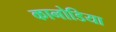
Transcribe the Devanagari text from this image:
कानोडिया